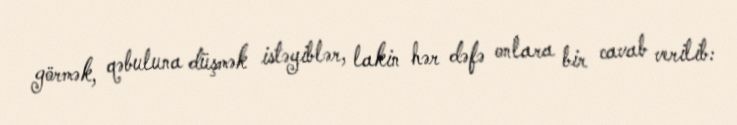
görmək, qəbuluna düşmək istəyiblər, lakin hər dəfə onlara bir cavab verilib: